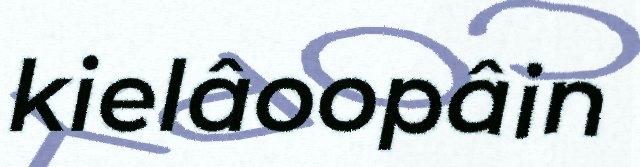
kielâoopâin